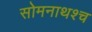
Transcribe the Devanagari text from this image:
सोमनाथश्च